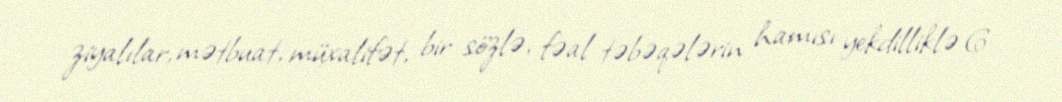
ziyalılar, mətbuat, müxalifət, bir sözlə, fəal təbəqələrin hamısı yekdilliklə 6